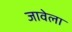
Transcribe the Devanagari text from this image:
जावेला